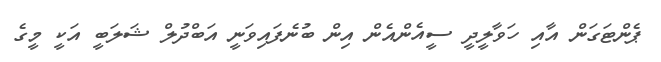
ޕެންޓަގަން އާއި ހަވާލީދީ ސީއެންއެން އިން ބުނެފައިވަނީ އަބްދުލް ޝަލަބީ އަކީ މީގެ